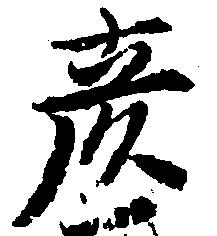
彦